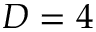
D = 4